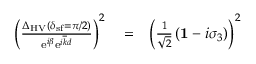
\begin{array} { r l r } { \left( \frac { \Delta _ { \mathrm { H V } } ( \delta _ { \mathrm { s f } } = \pi / 2 ) } { \mathrm { e } ^ { i \beta } \mathrm { e } ^ { i \overline { { k } } d } } \right) ^ { 2 } } & { { } = } & { \left( \frac { 1 } { \sqrt { 2 } } \left( { \bf 1 } - i \sigma _ { 3 } \right) \right) ^ { 2 } } \end{array}